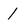
Character: 1